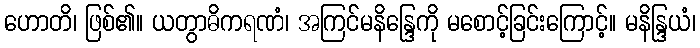
ဟောတိ၊ ဖြစ်၏။ ယတွာဓိကရဏံ၊ အကြင်မနိန္ဒြေကို မစောင့်ခြင်းကြောင့်။ မနိန္ဒြယံ၊